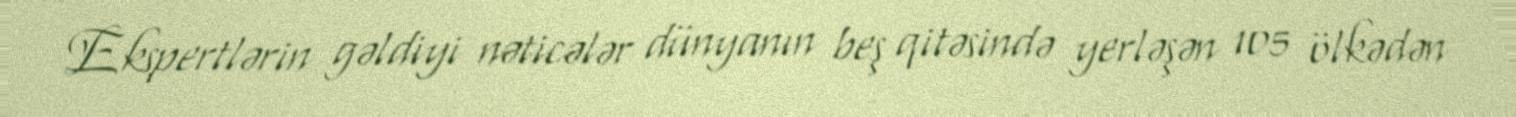
Ekspertlərin gəldiyi nəticələr dünyanın beş qitəsində yerləşən 105 ölkədən